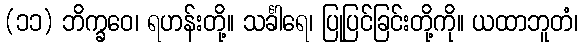
(၁၁) ဘိက္ခဝေ၊ ရဟန်းတို့။ သင်္ခါရေ၊ ပြုပြင်ခြင်းတို့ကို။ ယထာဘူတံ၊